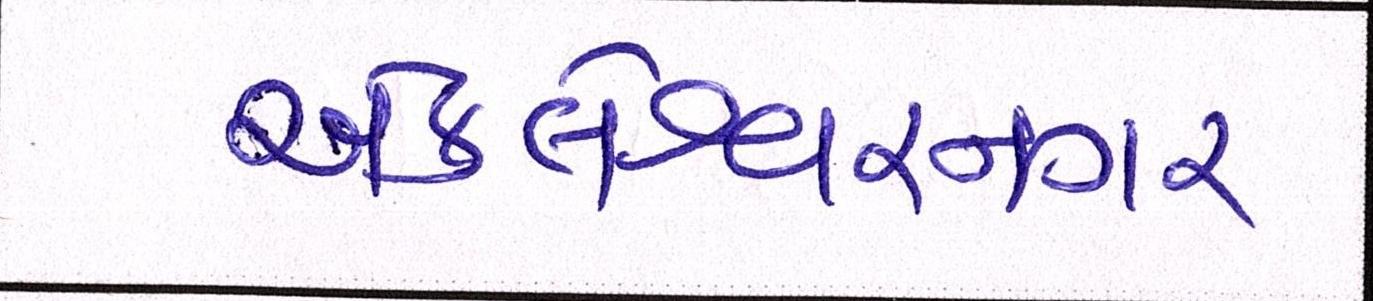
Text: અંકલેશ્વરનગર